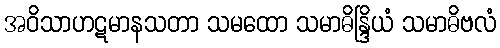
အဝိသာဟဋမာနသတာ သမထော သမာဓိန္ဒြိယံ သမာဓိဗလံ